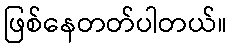
ဖြစ်နေတတ်ပါတယ်။